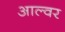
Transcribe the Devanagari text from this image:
आल्वर